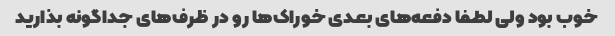
خوب بود ولی لطفا دفعه‌های بعدی خوراک‌ها رو در ظرف‌های جداگونه بذارید